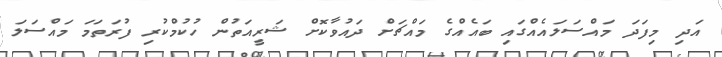
އަދި މިފަދަ މައްސަލައެއްގައި ބައެއްގެ މައްޗަށް ދައުވާކޮށް ޝަރީއަތުން ހުކުމްކުރި ފުރަތަމަ މައްސަލަ